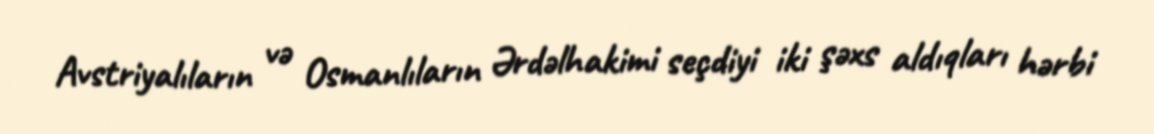
Avstriyalıların və Osmanlıların Ərdəlhakimi seçdiyi iki şəxs aldıqları hərbi